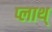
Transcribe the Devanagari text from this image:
प्लाथ्